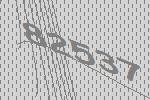
82537